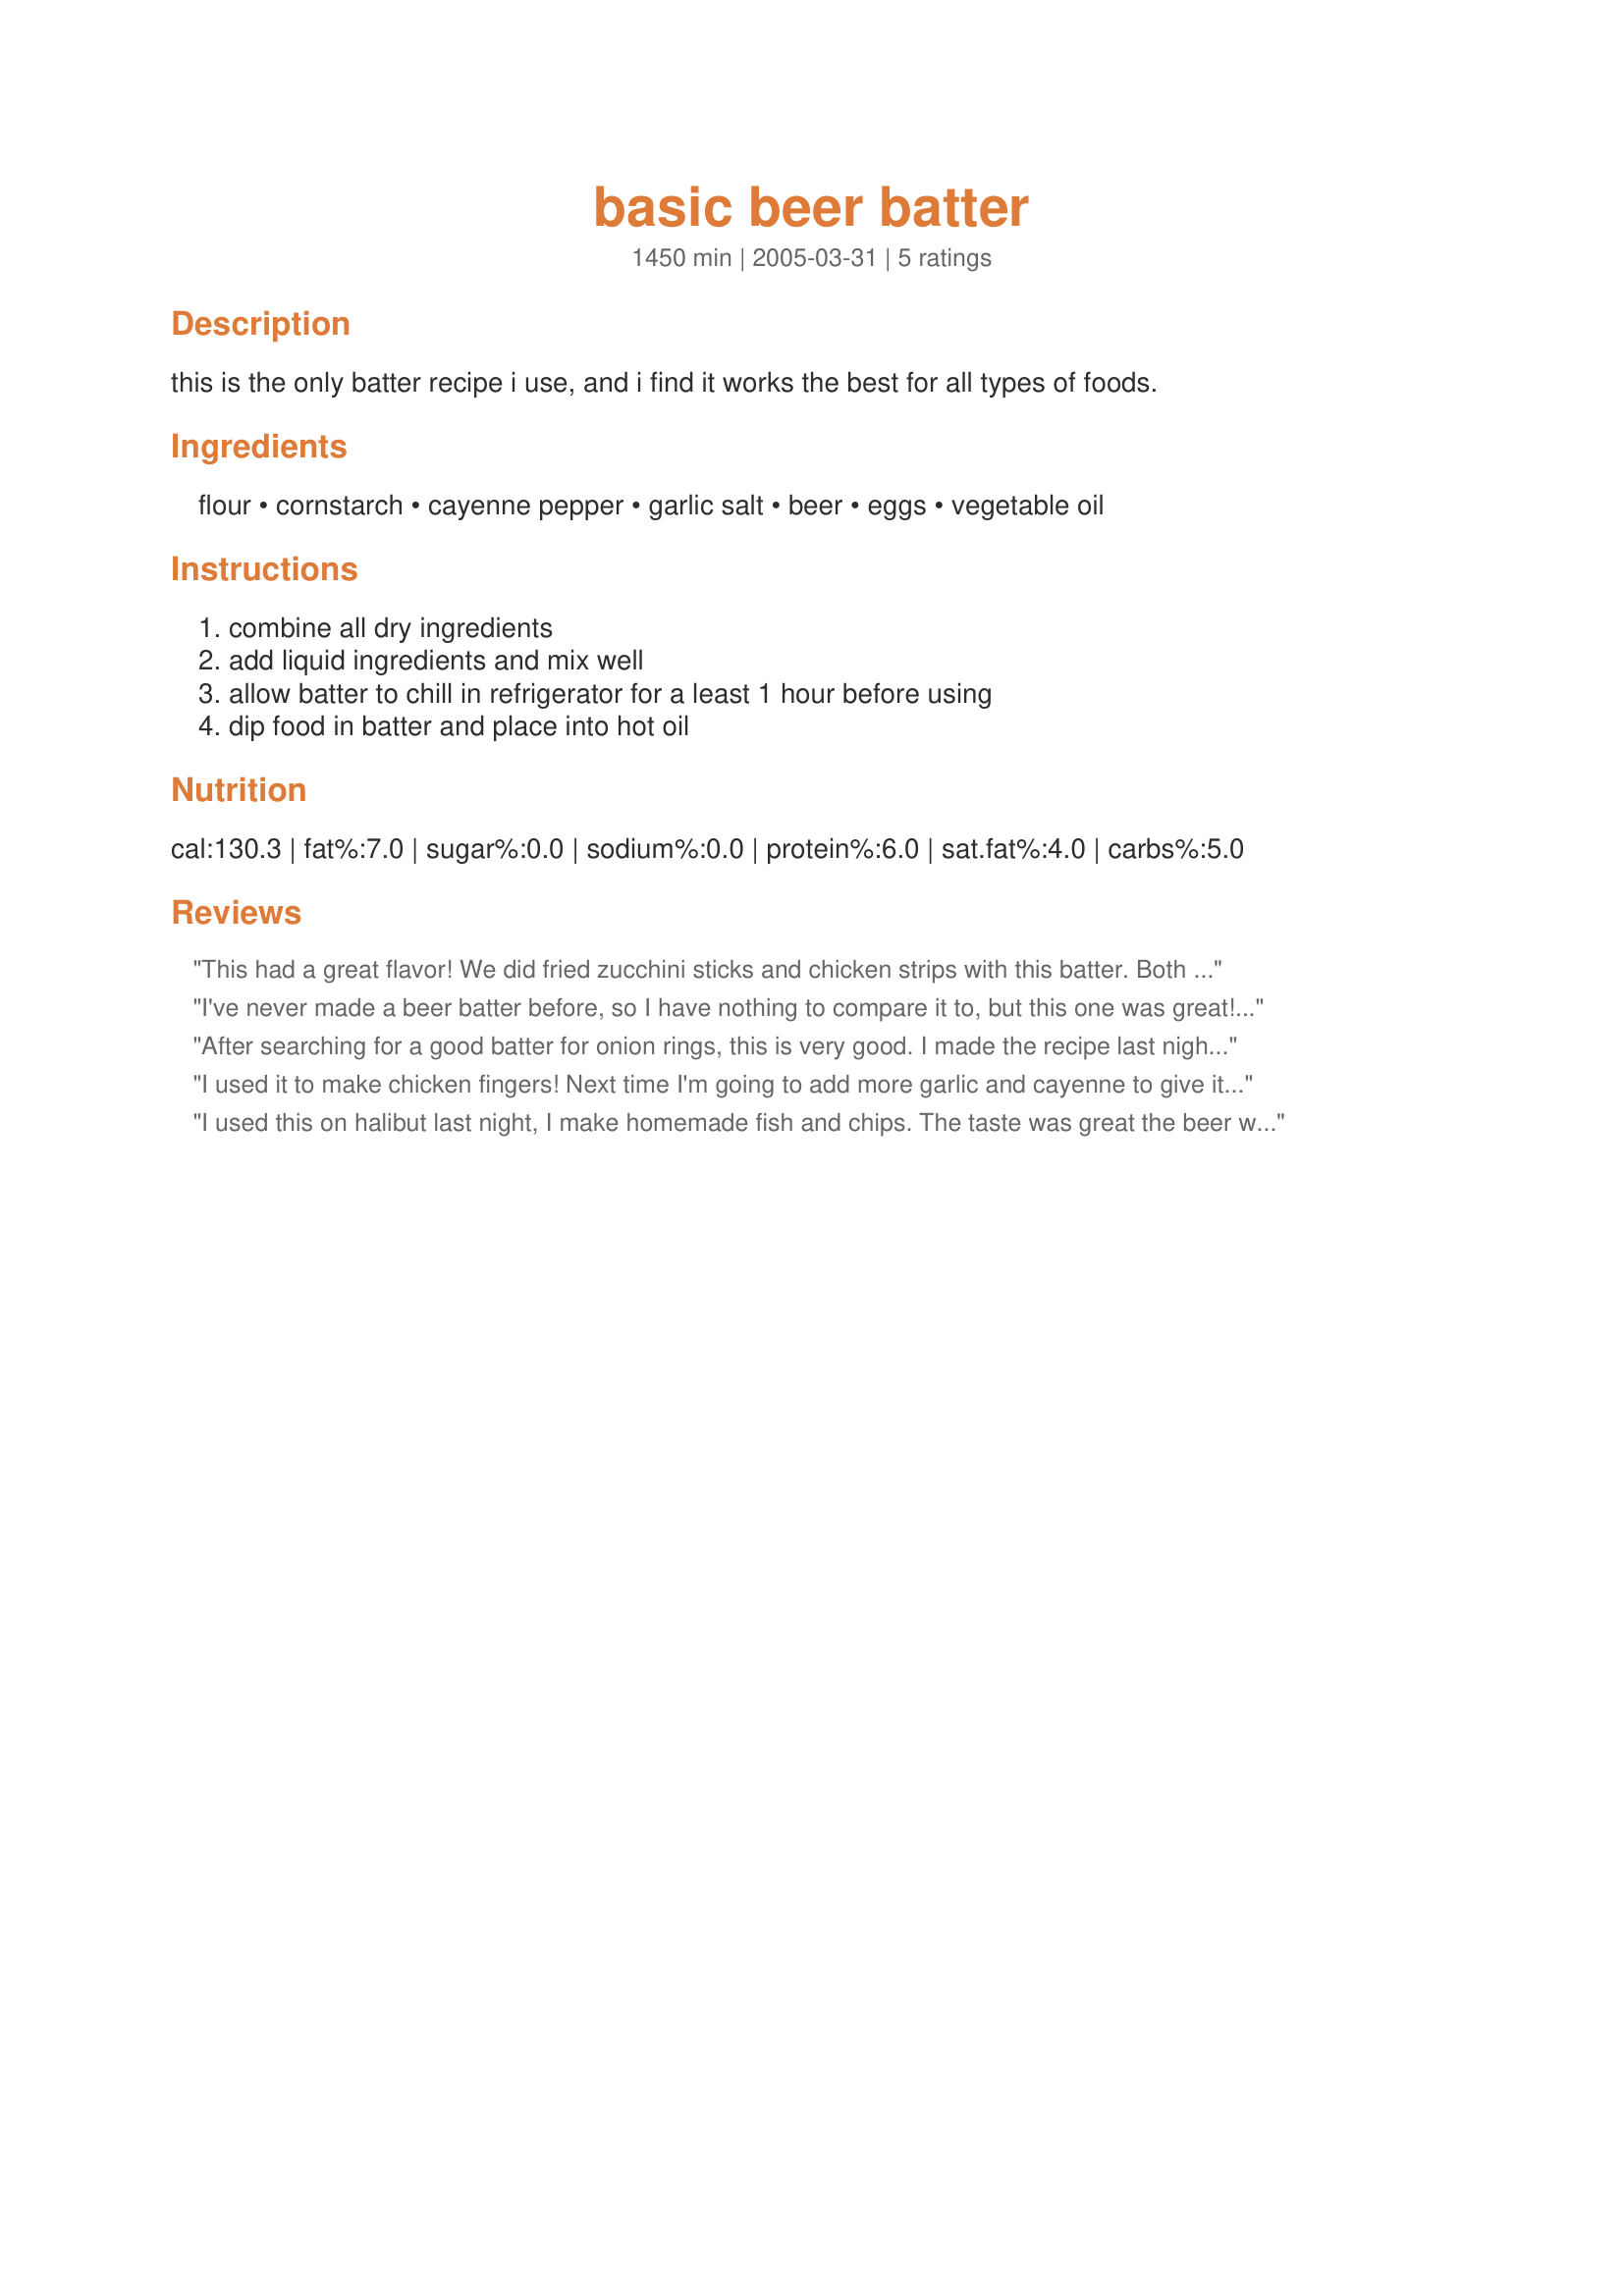
basic beer batter
Preparation time: 1450 minutes

this is the only batter recipe i use, and i find it works the best for all types of foods.

Ingredients:
flour, cornstarch, cayenne pepper, garlic salt, beer, eggs, vegetable oil

Steps:
combine all dry ingredients, add liquid ingredients and mix well, allow batter to chill in refrigerator for a least 1 hour before using, dip food in batter and place into hot oil

Reviews:
This had a great flavor! We did fried zucchini sticks and chicken strips with this batter. Both were fantastic and turned out well. I found that rolling each in flour first helped the batter to stick a little better. Also, drop these into the oil, don&#039;t use a basket. The batter likes to incorporate itself into the mesh.
I've never made a beer batter before, so I have nothing to compare it to, but this one was great! Easy to prepare and delicious.
After searching for a good batter for onion rings, this is very good. I made the recipe last night for my hubby.He is not afraid to speak his mind, if ya know what I man?LOL! Anyway,he really liked it, so for him,thank you, and for me, a bigger thank you! The onion rings had "flavor", not just bland like so many are. It's useless to have a good presentation, if there is no flavor. So. again, many thanks.
I used it to make chicken fingers! Next time I'm going to add more garlic and cayenne to give it more flavor! My husband loved it!
I used this on halibut last night, I make homemade fish and chips.
The taste was great the beer was not overpowering. thanks so much for posting. Its a keeper.
